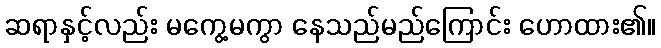
ဆရာနှင့်လည်း မကွေ့မကွာ နေသည်မည်ကြောင်း ဟောထား၏။